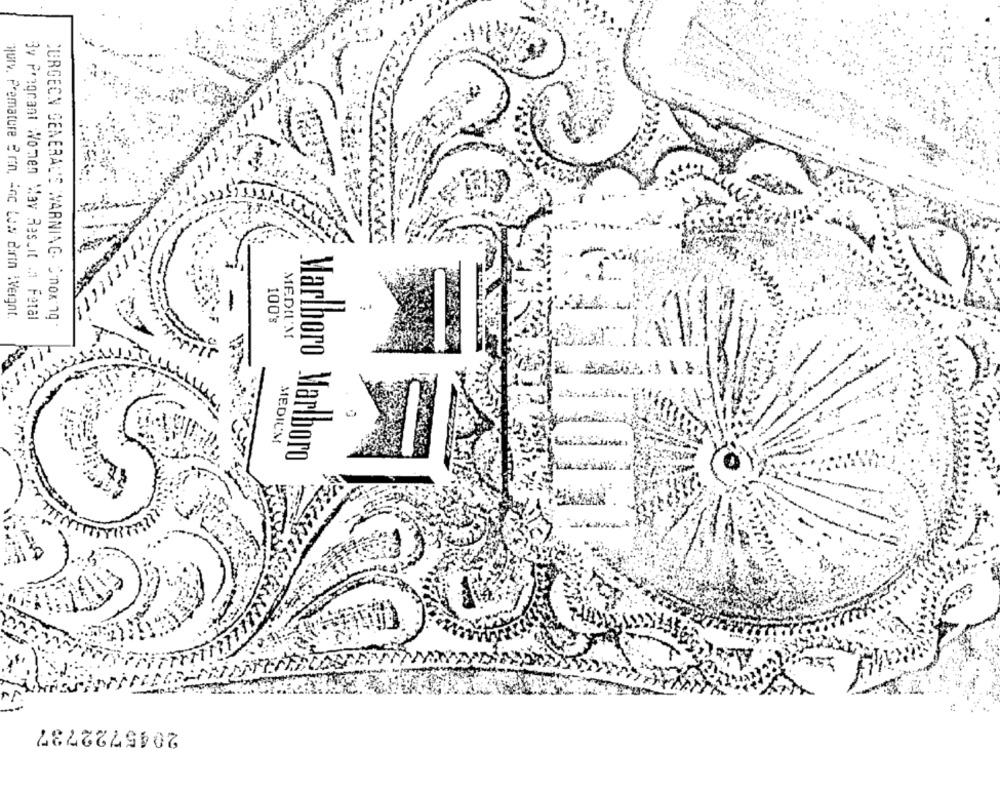
31
fury. Premature 2'nin, Anc Los dirin :Vergnt.
Pregnant Women May Res.it .n Fetal
SURGEON GENERAL'S WARNING. SonoK 1.
100's
MEDI'M
MEDIUM
Marlboro Marlboro
2045722737